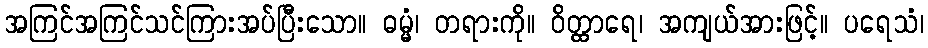
အကြင်အကြင်သင်ကြားအပ်ပြီးသော။ ဓမ္မံ၊ တရားကို။ ဝိတ္ထာရေ၊ အကျယ်အားဖြင့်။ ပရေသံ၊